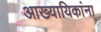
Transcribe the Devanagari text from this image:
आख्यायिकांना